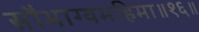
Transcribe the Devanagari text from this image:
सौभाग्यमहिमा॥१६॥